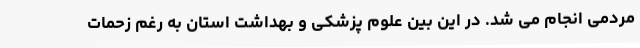
مردمی انجام می شد. در این بین علوم پزشکی و بهداشت استان به رغم زحمات